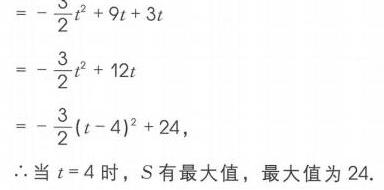
\(
\begin{align*}
&=-\frac{3}{2}t^{2}+9t + 3t\\
&=-\frac{3}{2}t^{2}+12t\\
&=-\frac{3}{2}(t - 4)^{2}+24,
\end{align*}
\)
\(\therefore\)当 \(t = 4\) 时，\(S\) 有最大值，最大值为 \(24\).